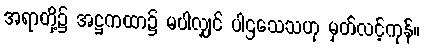
အရာတို့၌ အဋ္ဌကထာ၌ မပါလျှင် ပါဌသေသဟု မှတ်လင့်ကုန်။